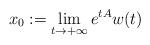
LaTeX: \begin{align*}x_{0}:=\lim_{t\to+\infty}e^{tA}w(t)\end{align*}